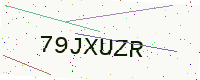
Text: 79JXUZR